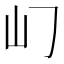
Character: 𡴮